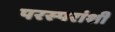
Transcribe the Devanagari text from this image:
परस्‍परांशी